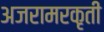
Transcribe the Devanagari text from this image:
अजरामरकृती